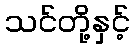
သင်တို့နှင့်